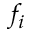
f _ { i }